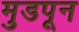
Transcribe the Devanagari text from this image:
मुडपून